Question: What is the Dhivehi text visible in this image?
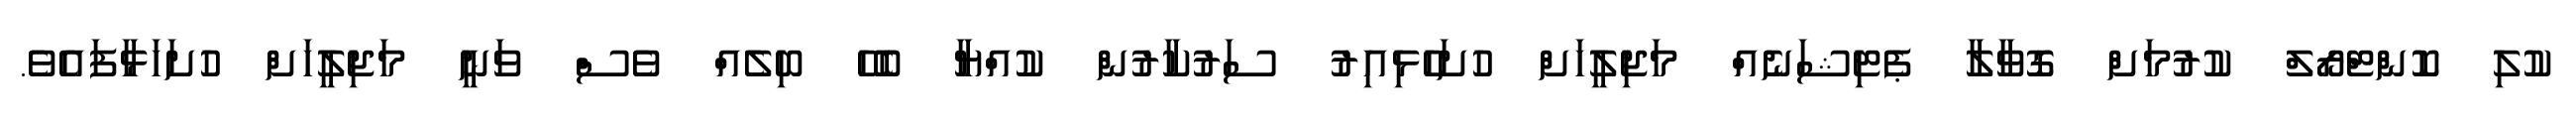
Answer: ކުލި ކޮންޓްރޯލް ކުރުމަށް ގޮވާލާ ޕެޓިޝަނެއް މަޖިލީހަށް ހުށަހެޅިއިރު ސަރުކާރުން ކުއްޔާ ބެހޭ ބިލެއް ވެސް ވަނީ މަޖިލީހަށް ހުށަހަޅާފައެވެ.